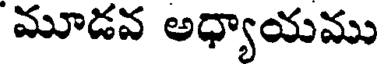
మూడవ అధ్యాయము